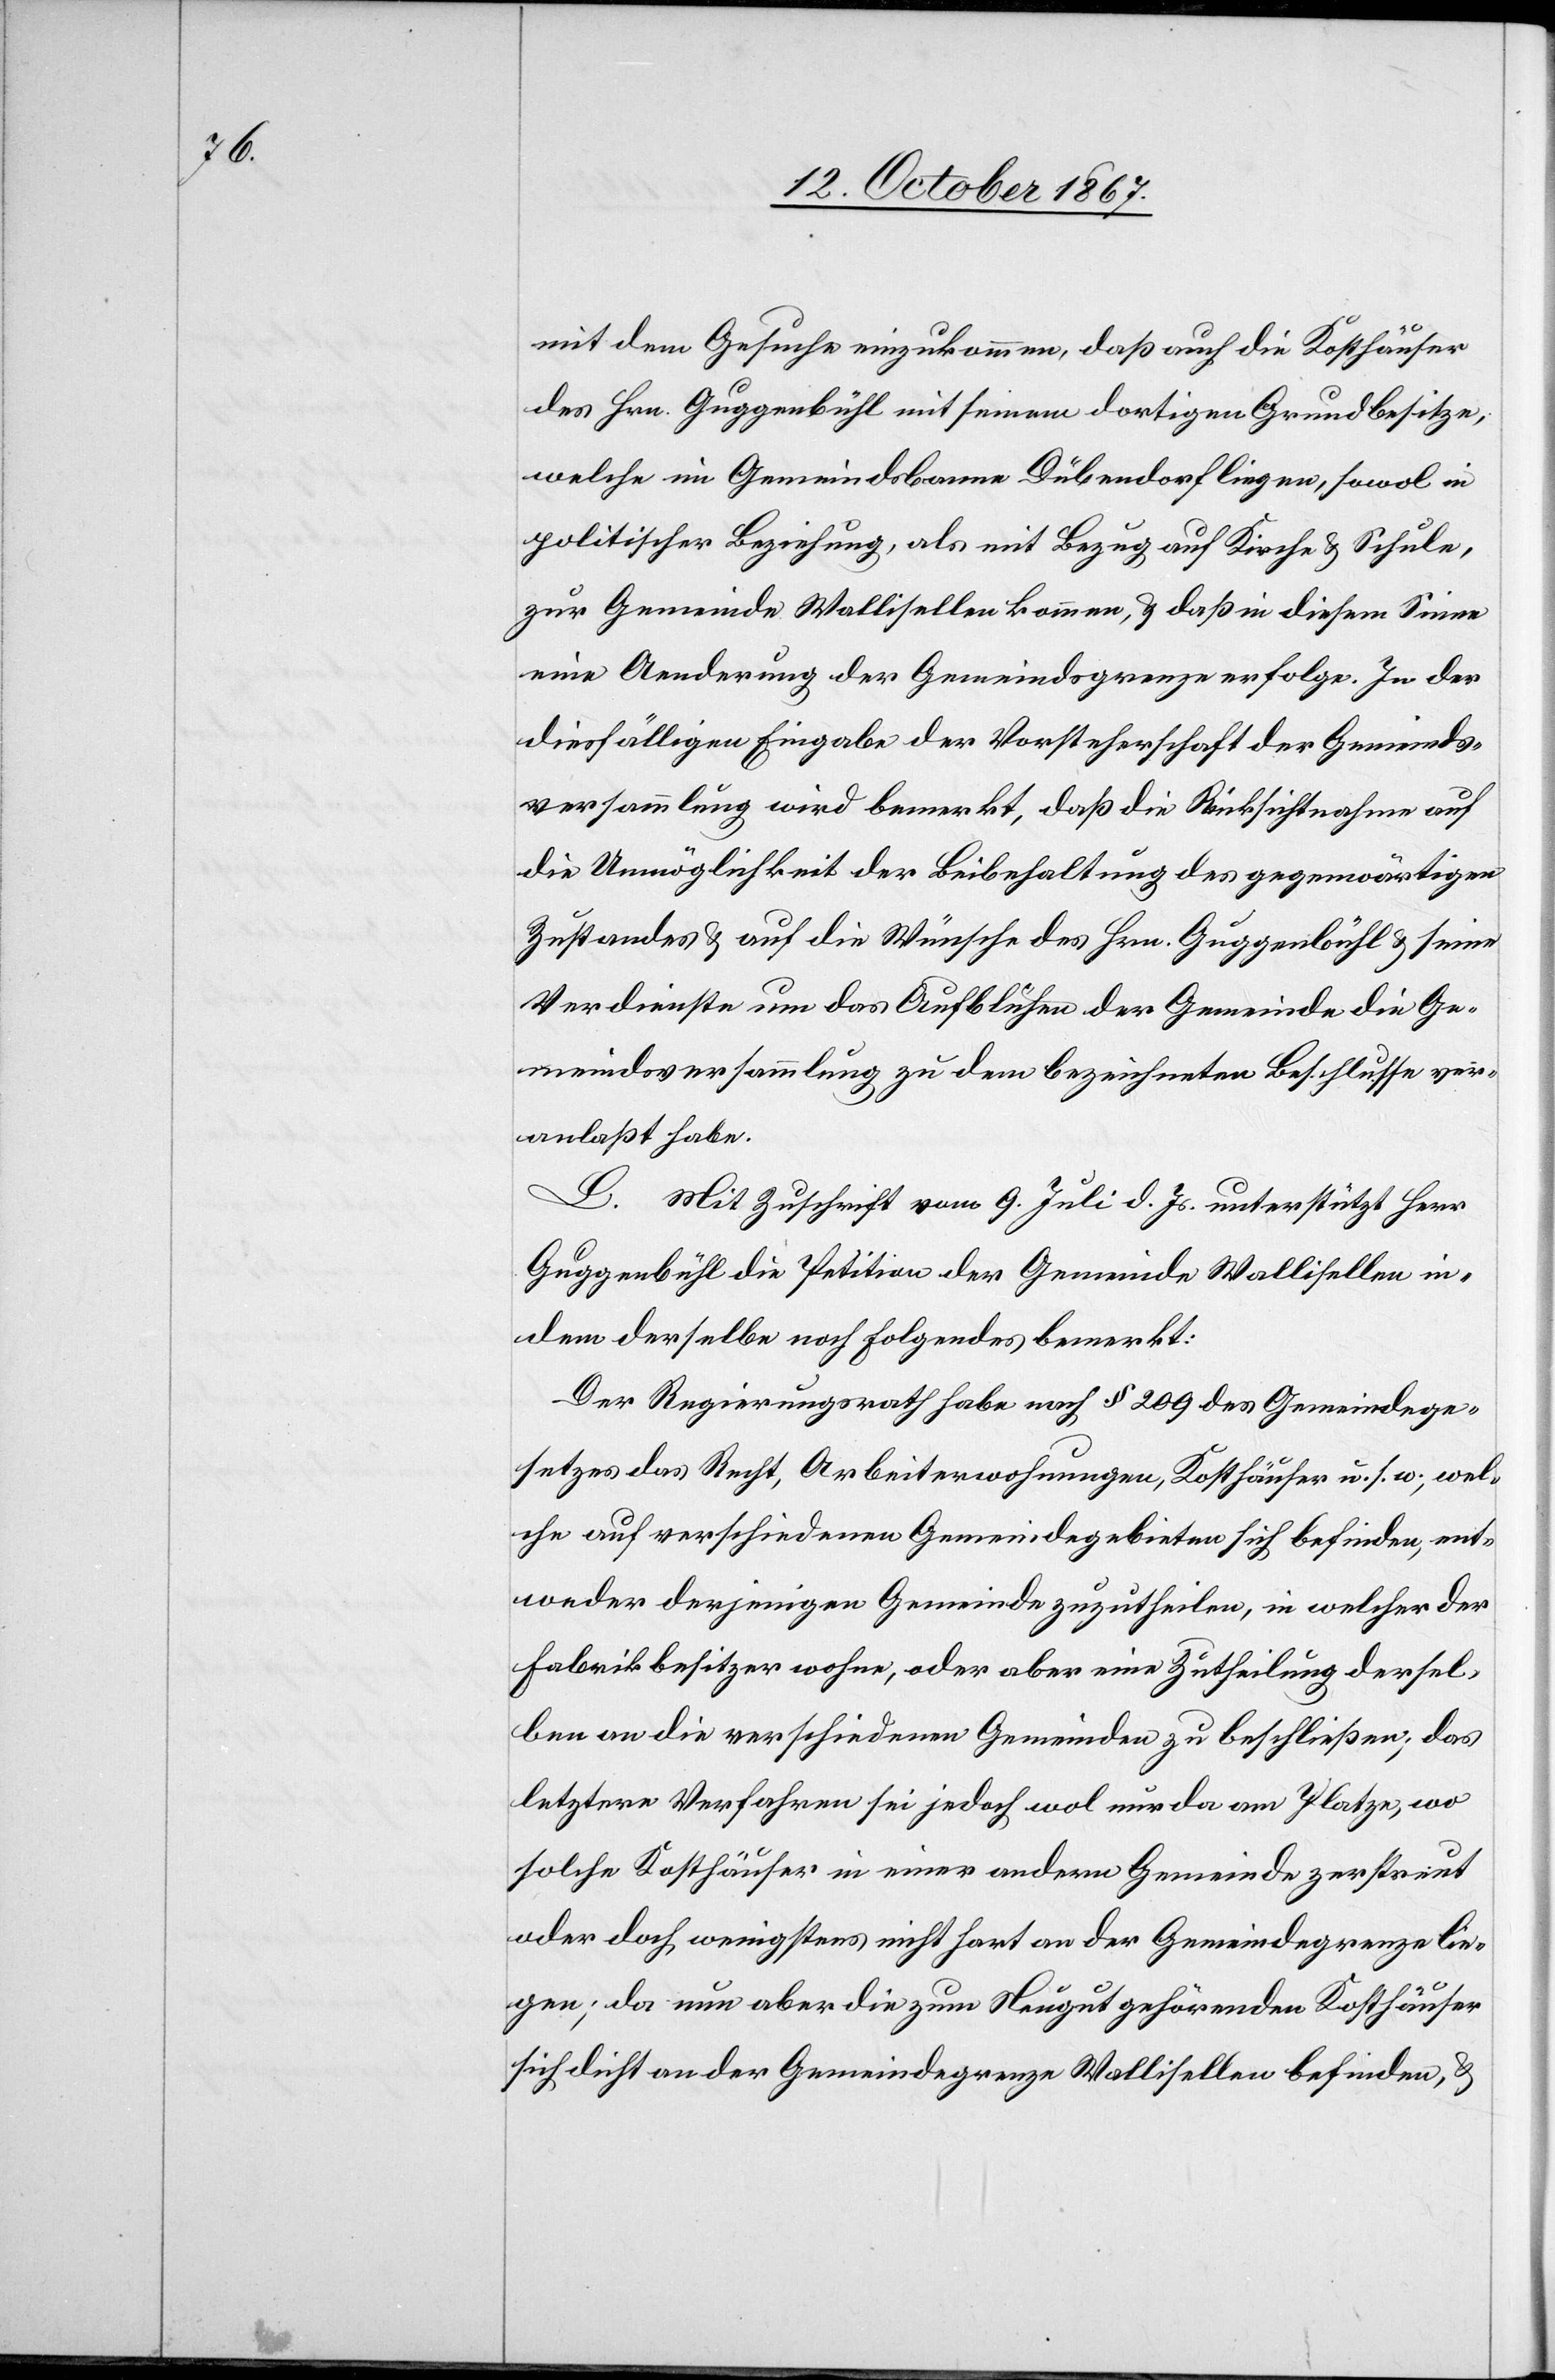
mit dem Gesuche einzukommen, daß auch die Kosthäuser
des Hrn. Guggenbühl mit seinem dortigen Grundbesitze,
welche im Gemeindsbanne Dübendorf liegen, sowol in
politischer Beziehung, als mit Bezug auf Kirche u. Schule,
zur Gemeinde Wallisellen kommen, u. daß in diesem Sinne
eine Aenderung der Gemeindsgrenze erfolge. In der
diesfälligen Eingabe der Vorsteherschaft der Gemeinds¬
versammlung wird bemerkt, daß die Rücksichtnahme auf
die Unmöglichkeit der Beibehaltung des gegenwärtigen
Zustandes u. auf die Wünsche des Hrn. Guggenbühl u. seine
Verdienste um das Aufblühen der Gemeinde die Ge¬
meindsversammlung zu dem bezeichneten Beschlusse ver¬
anlaßt habe.
L. Mit Zuschrift vom 9. Juli d. Js. unterstützt Herr
Guggenbühl die Petition der Gemeinde Wallisellen in¬
dem derselbe noch Folgendes bemerkt:
Der Regierungsrath habe nach § 109 des Gemeindesge¬
setzes das Recht, Arbeiterwohnungen, Kosthäuser u. s. w., wel¬
che auf verschiedenen Gemeindegebieten sich befinden, ent¬
weder derjenigen Gemeinde zuzutheilen, in welcher der
Fabrikbesitzer wohne, oder aber eine Zutheilung dersel¬
ben an die verschiedenen Gemeinden zu beschließen; das
letztere Verfahren sei jedoch wol nur da am Platze, wo
solche Kosthäuser in einer andern Gemeinde zerstreut
oder doch wenigstens nicht hart an der Gemeindegrenze lie¬
gen; da nun aber die zum Neugut gehörenden Kosthäuser
sich dicht an der Gemeindegrenze Wallisellen befinden, u.